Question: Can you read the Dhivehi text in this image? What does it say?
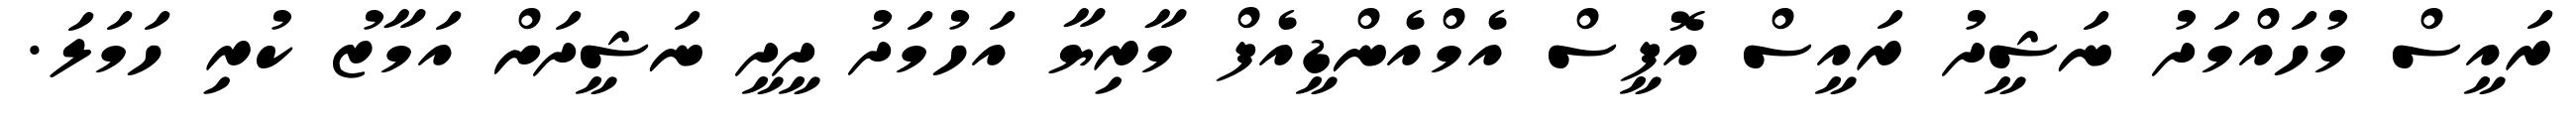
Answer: ރައީސް މުހައްމަދު ނަޝީދު ރައީސް އޮފީސް އެމްއެންޑީއެފް މާރިޔާ އަހުމަދު ދީދީ ނަޝީދަށް އަމާޒު ކުރި ހަމަލަ.